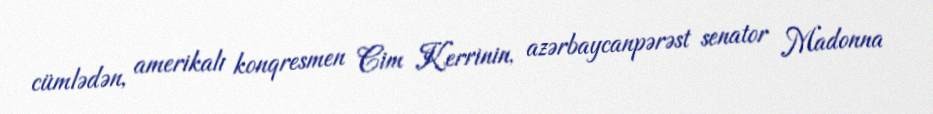
cümlədən, amerikalı konqresmen Cim Kerrinin, azərbaycanpərəst senator Madonna